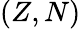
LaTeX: (Z,N)